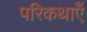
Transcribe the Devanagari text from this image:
परिकथाएँ